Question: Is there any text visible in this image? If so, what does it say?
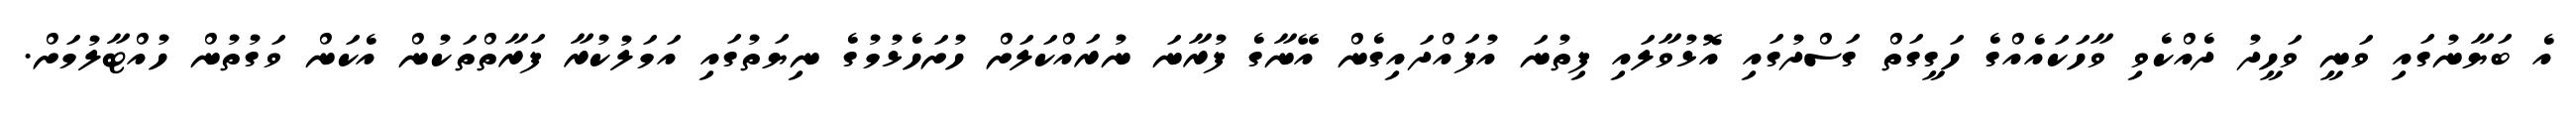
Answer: އެ ބަޔާނުގައި ވަނީ ވަހީދު ދެއްކެވި ވާހަކައެއްގެ ހަގީގަތް ގަސްދުގައި އޮޅުވާލައި ފިތުނަ އުފައްދައިގެން އޭނާގެ ފުރާނަ ނުރައްކަލަށް ހުށަހެޅުމުގެ ނިޔަތުގައި އަމަލުކުރާ ފަރާތްތަކުން އެކަން ވަގުތުން ހުއްޓާލުމަށް.